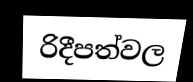
රිදීපත්වල